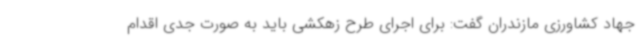
جهاد کشاورزی مازندران گفت: برای اجرای طرح زهکشی باید به صورت جدی اقدام